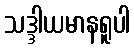
သဒ္ဒါယမာနရူပါ